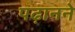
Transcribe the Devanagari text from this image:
पढ़ानने